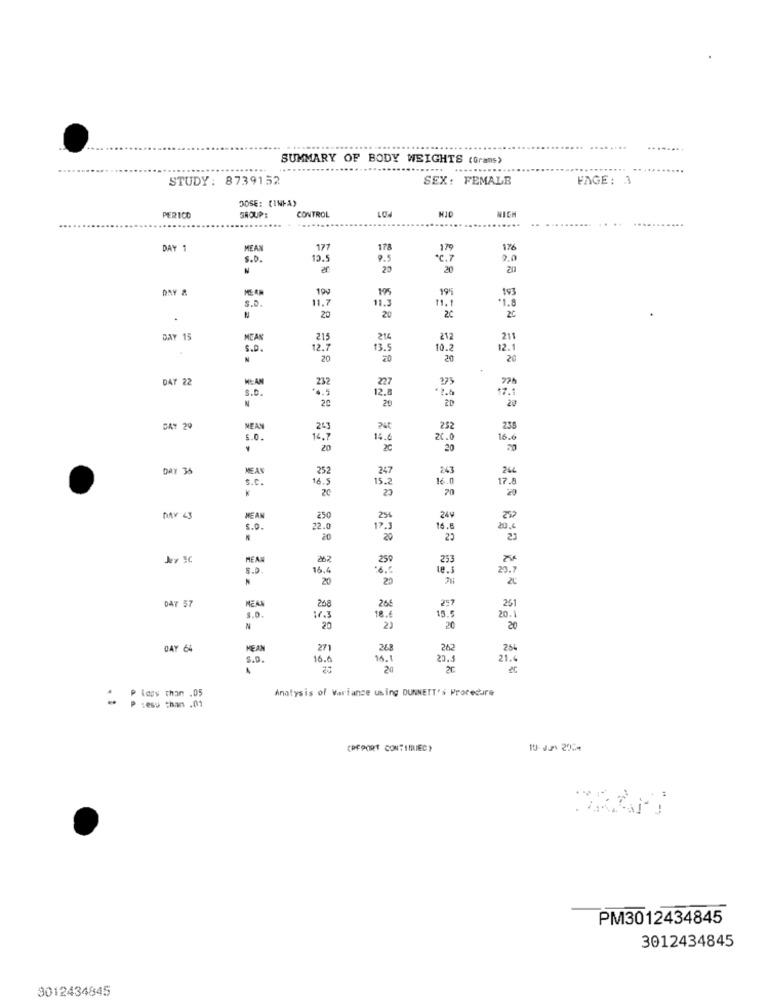
SUMMARY OF BODY WEIGHTS (Grams)
.....
STUDY: 8739152
SEX: FEMALE
FAGE: 3
DOSE: (INIA)
NICH
PERICO
GROUP:
CONTROL
DAY 1
MEAN
177
178
179
176
S.D.
12.5
9.5
*C.7
9.0
N
25
20
20
DAY &
ME AN
195
193
S.D.
11.
11.3
195
1.8
20
20
20
DAY 15
215
214
212
211
S.D.
12.7
13.5
10.2
12.1
N
20
20
20
20
DAY 22
HE:AN
232
227
275
S.0.
4.5
12.
17.1
N
20
20
20
20
DAT 29
NEAN
745
252
235
5.0.
16.7
14.6
20.
16.6
20
20
20
20
DAY 38
MEAN
252
247
243
244
S.C.
16.5
15.2
16.0
17.8
23
70
20
DAY 43
MEAN
250
254
249
5.0.
22.0
17.3
16.6
20,6
20
20
20
23
HEA
262
259
253
5.9.
16,4
te.3
23.7
20
MEAN
DAY 57
268
26€
15.
251
20.1
3.0.
17.3
20
23
20
20
OAY 64
MEAN
271
268
262
s.o.
16.6
26.1
20.5
21.4
20
Legy than .05
Analysis of Variance using DUNNETT's Procedure
sesu than .01
(REPORT CONTINUIEC)
-
PM3012434845
3012434845
3012434845